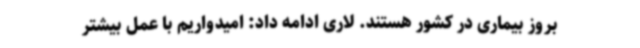
بروز بیماری در کشور هستند. لاری ادامه داد: امیدواریم با عمل بیشتر